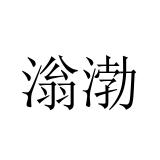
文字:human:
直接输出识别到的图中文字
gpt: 滃渤